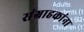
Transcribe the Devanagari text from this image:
संग्राहकांना